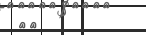
٧٧